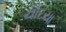
ચૌદયા